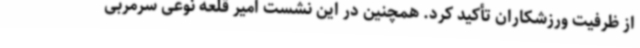
از ظرفیت ورزشکاران تأکید کرد. همچنین در این نشست امیر قلعه نوعی سرمربی